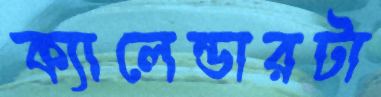
ক্যালেন্ডারটা